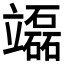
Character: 𥫌